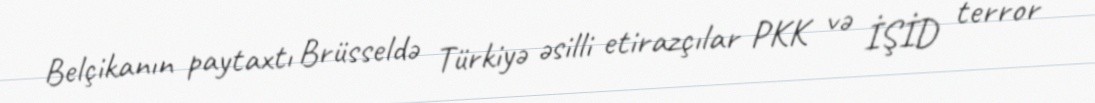
Belçikanın paytaxtı Brüsseldə Türkiyə əsilli etirazçılar PKK və İŞİD terror